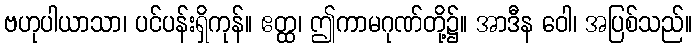
ဗဟုပါယာသာ၊ ပင်ပန်းရှိကုန်။ ဧတ္ထ၊ ဤကာမဂုဏ်တို့၌။ အာဒီန ဝေါ၊ အပြစ်သည်။